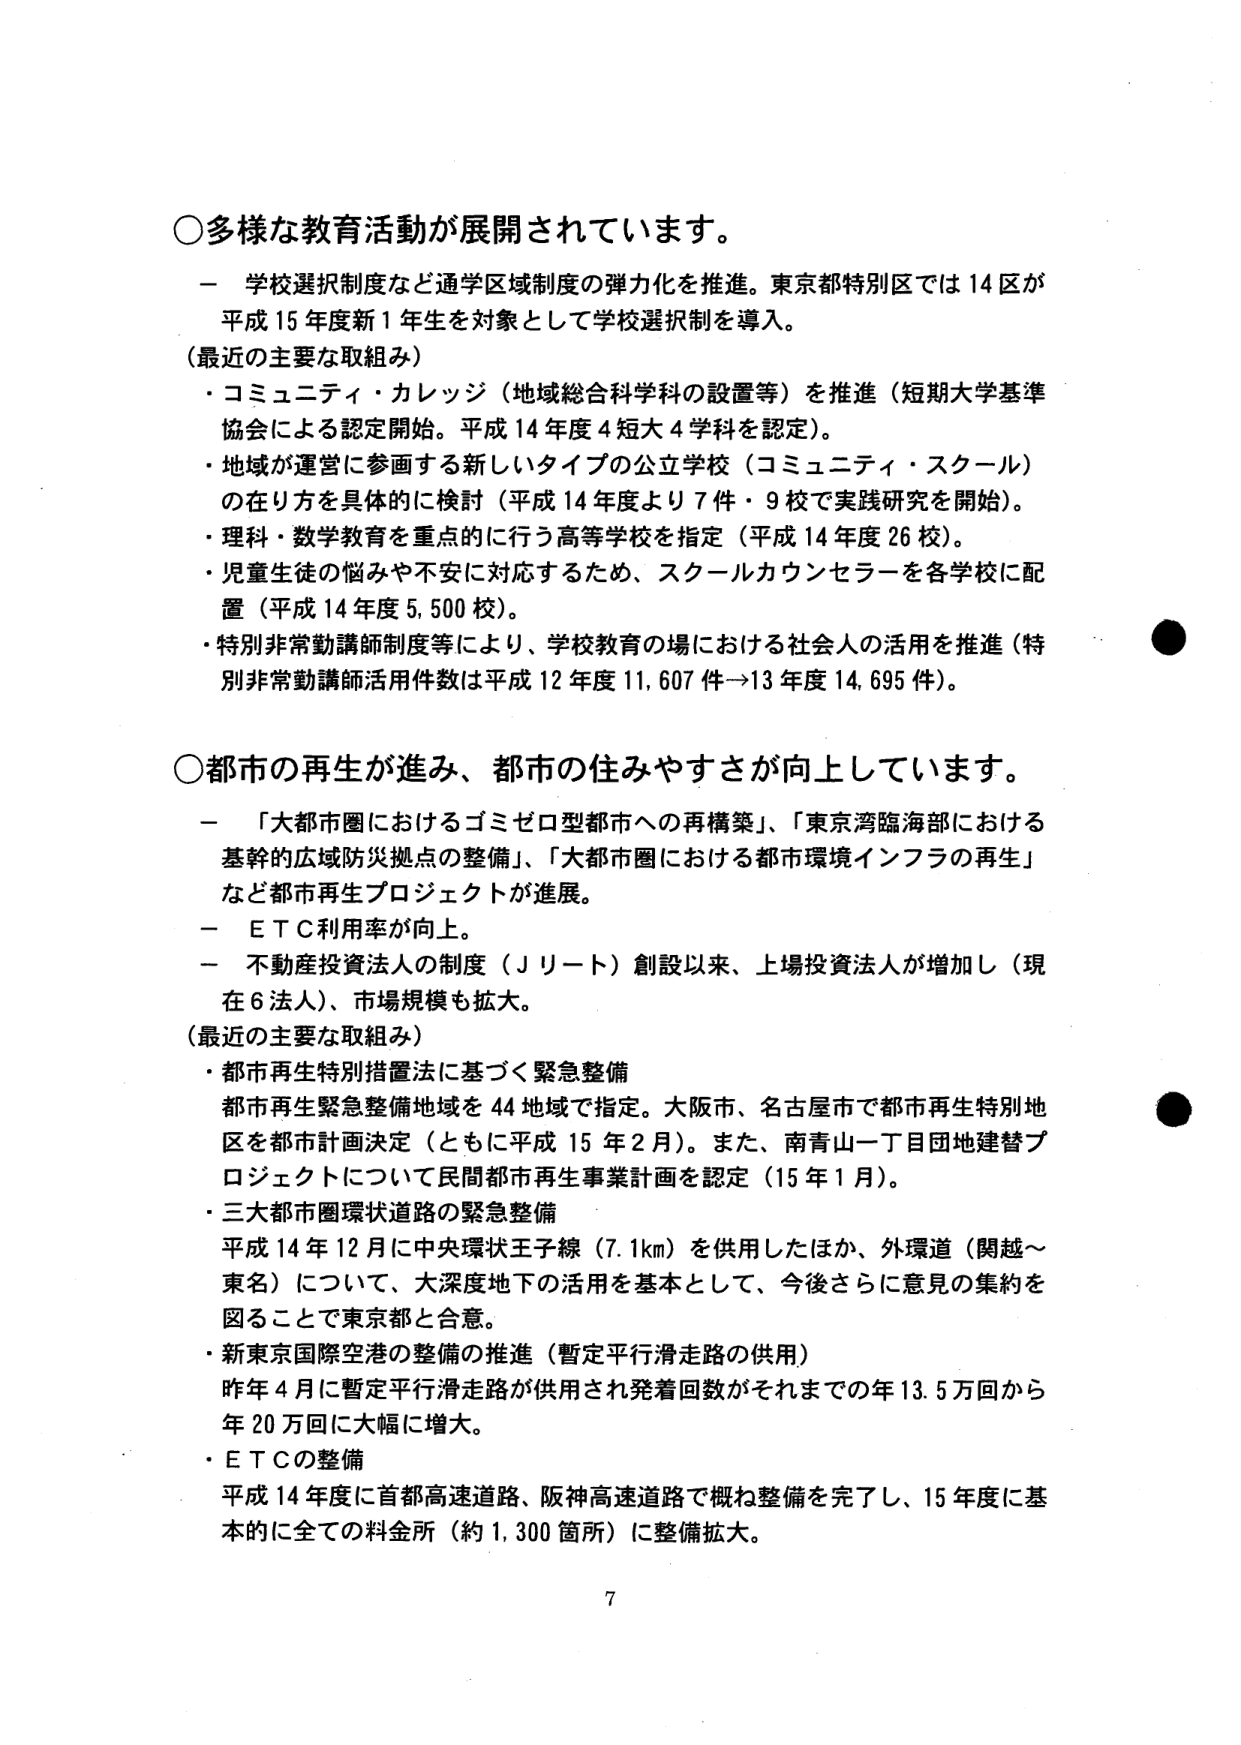
○多様な教育活動が展開されています。
－ 学校選択制度など通学区域制度の弾力化を推進。東京都特別区では14区が平成15年度新1年生を対象として学校選択制を導入。
（最近の主要な取組み）
・コミュニティ・カレッジ（地域総合科学科の設置等）を推進（短期大学基準協会による認定開始。平成14年度4短大4学科を認定）。
・地域が運営に参画する新しいタイプの公立学校（コミュニティ・スクール）の在り方を具体的に検討（平成14年度より7件・9校で実践研究を開始）。
・理科・数学教育を重点的に行う高等学校を指定（平成14年度26校）。
・児童生徒の悩みや不安に対応するため、スクールカウンセラーを各学校に配置（平成14年度5,500校）。
・特別非常勤講師制度等により、学校教育の場における社会人の活用を推進（特別非常勤講師活用件数は平成12年度11,607件→13年度14,695件）。

○都市の再生が進み、都市の住みやすさが向上しています。
－ 「大都市圏におけるゴミゼロ型都市への再構築」、「東京湾臨海部における基幹的広域防災拠点の整備」、「大都市圏における都市環境インフラの再生」など都市再生プロジェクトが進展。
－ ＥＴＣ利用率が向上。
－ 不動産投資法人の制度（Ｊリート）創設以来、上場投資法人が増加し（現在6法人）、市場規模も拡大。
（最近の主要な取組み）
・都市再生特別措置法に基づく緊急整備
都市再生緊急整備地域を44地域で指定。大阪市、名古屋市で都市再生特別地区を都市計画決定（ともに平成15年2月）。また、南青山一丁目団地建替プロジェクトについて民間都市再生事業計画を認定（15年1月）。
・三大都市圏環状道路の緊急整備
平成14年12月に中央環状王子線（7.1km）を供用したほか、外環道（関越～東名）について、大深度地下の活用を基本として、今後さらに意見の集約を図ることで東京都と合意。
・新東京国際空港の整備の推進（暫定平行滑走路の供用）
昨年4月に暫定平行滑走路が供用され発着回数がそれまでの年13.5万回から年20万回に大幅に増大。
・ＥＴＣの整備
平成14年度に首都高速道路、阪神高速道路で概ね整備を完了し、15年度に基本的に全ての料金所（約1,300箇所）に整備拡大。

7